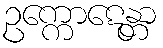
ဥက္ကောဋေန္တာ